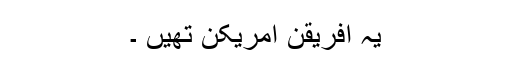
یہ افریقن امریکن تھیں ۔